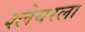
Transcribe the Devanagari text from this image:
श्लेयरला